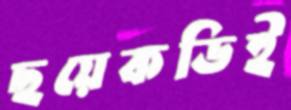
ছয়েকডিই